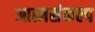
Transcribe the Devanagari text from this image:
आत्मसंकल्प